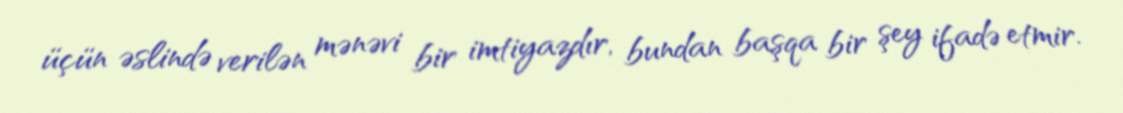
üçün əslində verilən mənəvi bir imtiyazdır, bundan başqa bir şey ifadə etmir.